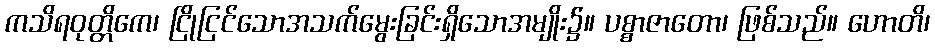
ကသိရဝုတ္တိကေ၊ ငြိုငြင်သောအသက်မွေးခြင်းရှိသောအမျိုး၌။ ပစ္စာဇာတော၊ ဖြစ်သည်။ ဟောတိ၊